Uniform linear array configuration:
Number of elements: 8
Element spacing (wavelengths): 0.75
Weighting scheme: hann
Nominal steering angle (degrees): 15
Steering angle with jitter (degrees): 14.83
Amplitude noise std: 0.05
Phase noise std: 0.05

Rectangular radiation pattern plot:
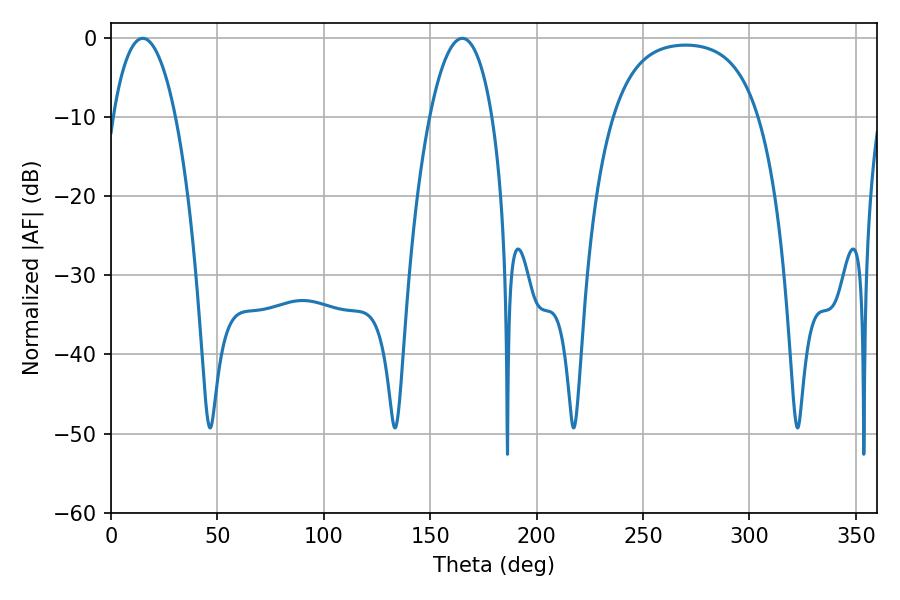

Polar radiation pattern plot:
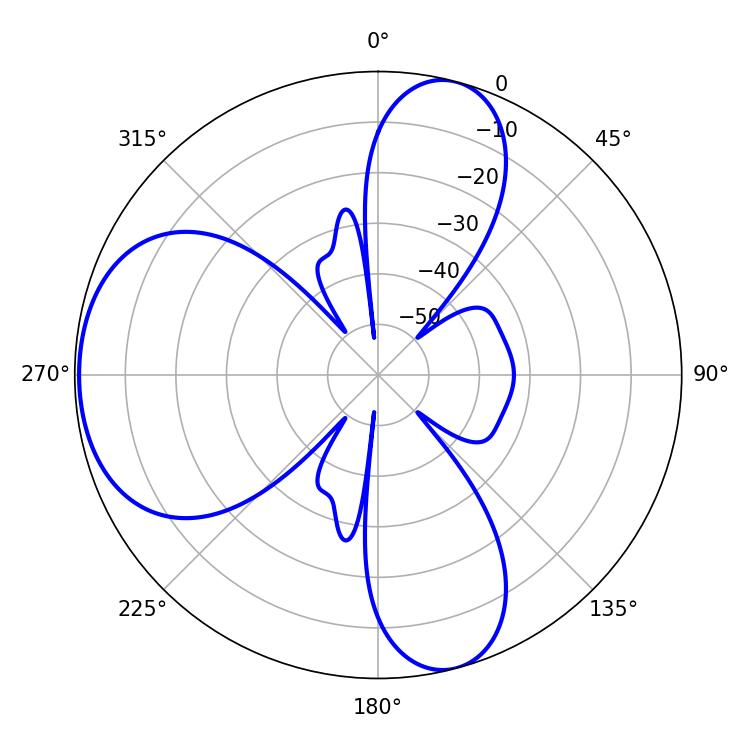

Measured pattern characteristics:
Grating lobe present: TRUE
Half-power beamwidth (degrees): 16.56
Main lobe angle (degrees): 14.94